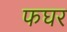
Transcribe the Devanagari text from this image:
फघर